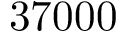
3 7 0 0 0